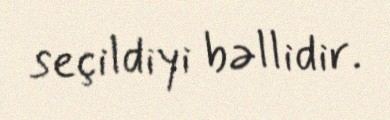
seçildiyi bəllidir.